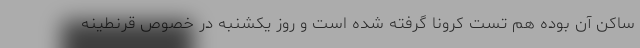
ساکن آن بوده هم تست کرونا گرفته شده است و روز یکشنبه در خصوص قرنطینه‌